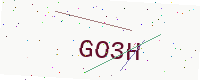
Text: GO3H